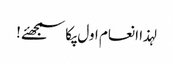
لہذا انعام اول پکا سمجھئے !